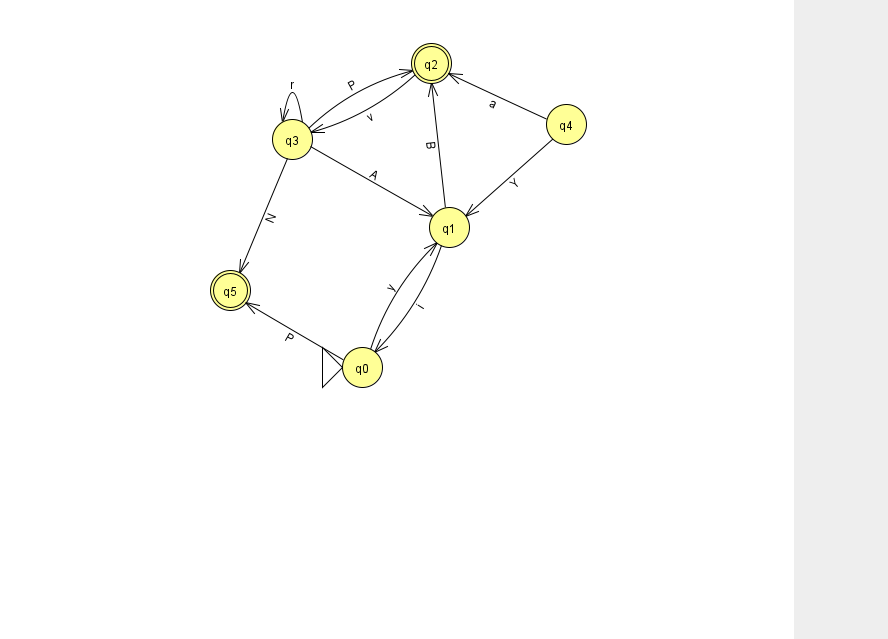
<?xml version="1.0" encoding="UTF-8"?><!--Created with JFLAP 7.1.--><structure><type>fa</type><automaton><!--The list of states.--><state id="0" name="q0"><x>362.0</x><y>354.0</y><initial/></state><state id="1" name="q1"><x>449.0</x><y>214.0</y></state><state id="2" name="q2"><x>431.0</x><y>50.0</y><final/></state><state id="3" name="q3"><x>292.0</x><y>126.0</y></state><state id="4" name="q4"><x>566.0</x><y>111.0</y></state><state id="5" name="q5"><x>230.0</x><y>277.0</y><final/></state><!--The list of transitions.--><transition><from>0</from><to>1</to><read>y</read></transition><transition><from>1</from><to>0</to><read>i</read></transition><transition><from>1</from><to>2</to><read>B</read></transition><transition><from>3</from><to>5</to><read>N</read></transition><transition><from>3</from><to>3</to><read>r</read></transition><transition><from>4</from><to>2</to><read>a</read></transition><transition><from>0</from><to>5</to><read>P</read></transition><transition><from>4</from><to>1</to><read>Y</read></transition><transition><from>2</from><to>3</to><read>v</read></transition><transition><from>3</from><to>2</to><read>P</read></transition><transition><from>3</from><to>1</to><read>A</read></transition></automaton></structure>